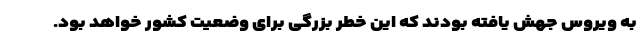
به ویروس جهش یافته بودند که این خطر بزرگی برای وضعیت کشور خواهد بود.